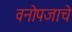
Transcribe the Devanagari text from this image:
वनोपजाचे